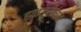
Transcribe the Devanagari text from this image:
हयालूरोनान